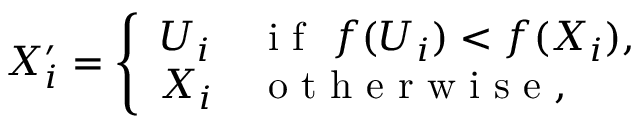
X _ { i } ^ { \prime } = \left\{ \begin{array} { l l } { U _ { i } } & { \mathrm { ~ i ~ f ~ } \ f ( U _ { i } ) < f ( X _ { i } ) , } \\ { X _ { i } } & { \mathrm { ~ o ~ t ~ h ~ e ~ r ~ w ~ i ~ s ~ e ~ } , } \end{array} \right.